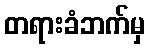
တရားခံဘက်မှ